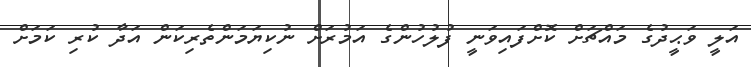
އަލީ ވަޙީދުގެ މައްޗަށް ކޮށްފައިވަނީ ފުލުހުންގެ އަމުރަށް ނުކިޔަމަންތެރިކަން އަދާ ކުރި ކަމަށް